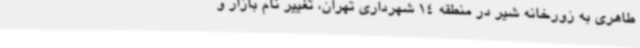
طاهری به زورخانه شیر در منطقه 14 شهرداری تهران، تغییر نام بازار و